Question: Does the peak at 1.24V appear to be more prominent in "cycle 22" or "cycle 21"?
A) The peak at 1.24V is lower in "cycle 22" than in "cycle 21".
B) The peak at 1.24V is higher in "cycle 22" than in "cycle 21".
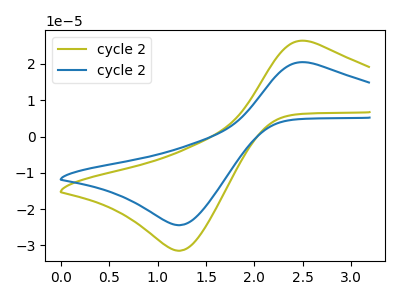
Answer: <think>The olive curve "cycle 21" has an anodic peak at (2.55V, 26.30uA) and a cathodic peak at (1.25V, -31.45uA). The blue curve "cycle 22" has an anodic peak at (2.55V, 20.40uA) and a cathodic peak at (1.25V, -24.40uA).</think>
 <answer>A) The peak at 1.24V is lower in "cycle 22" than in "cycle 21".</answer>
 <eval>A</eval>